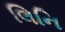
લિનિ